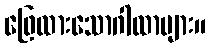
ဖြေထားသောဂါထာများ။